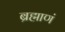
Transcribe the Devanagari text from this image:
ब्रह्माणं